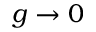
g \rightarrow 0